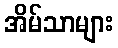
အိမ်သာများ